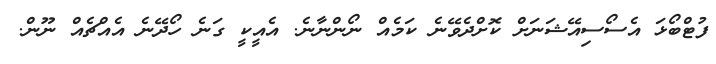
ފުޓްބޯޅަ އެސޯސިއޭޝަނަށް ކޮށްދެވޭނެ ކަމެއް ނޯންނާނެ. އެއީކީ ގަނެ ހޯދޭނެ އެއްޗެއް ނޫން.